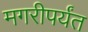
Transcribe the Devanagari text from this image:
मगरीपर्यंत